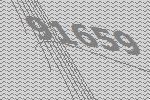
91659